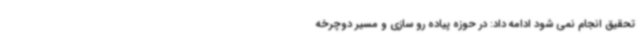
تحقیق انجام نمی شود ادامه داد: در حوزه پیاده رو سازی و مسیر دوچرخه